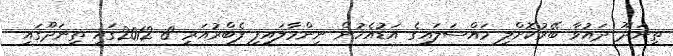
ތިނަދޫ ދައުވާ ބޭރުކޮށްލި މައްސަލައިގެ އަޑުއެހުން ނިންމާލައިފި ފެބްރުއަރީ 8 2012ގައި ތިނަދޫގައި